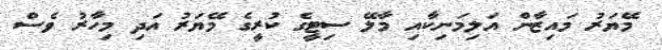
މޭޔަރު މައިޒާން އަލިމަނިކާއި މާލޭ ސިޓީގެ ކުރީގެ މޭޔަރު އަދި މިހާރު ވެސް